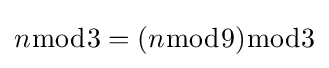
n{\bmod {3}}=(n{\bmod {9}}){\bmod {3}}